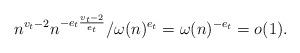
LaTeX: \begin{align*} n^{v_t-2} n^{-e_t \frac{v_t-2}{e_t}} / \omega(n)^{e_t} = \omega(n)^{-e_t} = o(1).\end{align*}